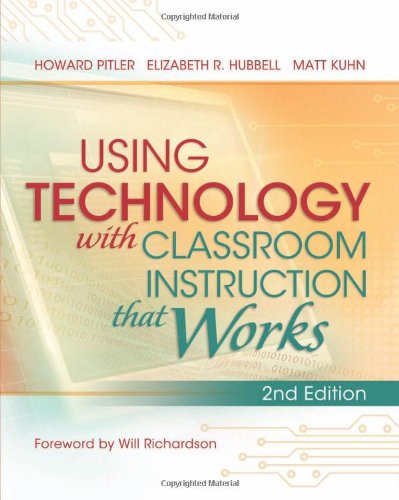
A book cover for Using Technology with Classroom Instruction That Works, 2nd Edition; Howard Pitler; Education & Teaching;